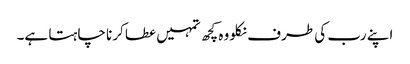
اپنے رب کی طرف نکلو وہ کچھ تمہیں عطا کرنا چاہتا ہے۔